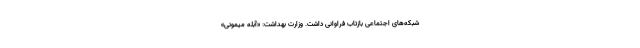
شبکه‌های اجتماعی بازتاب فراوانی داشت. وزارت بهداشت: «آبله میمونی»